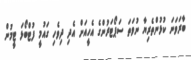
ބާރަވަނަ ކުޅުންތެރިޔާ ނުވަތަ ސަޕޯޓަރުންގެ އެހީއަށް އެދި ދިވެހި ގައުމީ ފުޓްބޯޅަ ޓީމުން